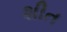
શીત